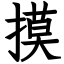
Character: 摸